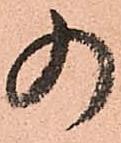
の